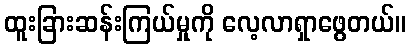
ထူးခြားဆန်းကြယ်မှုကို လေ့လာရှာဖွေတယ်။